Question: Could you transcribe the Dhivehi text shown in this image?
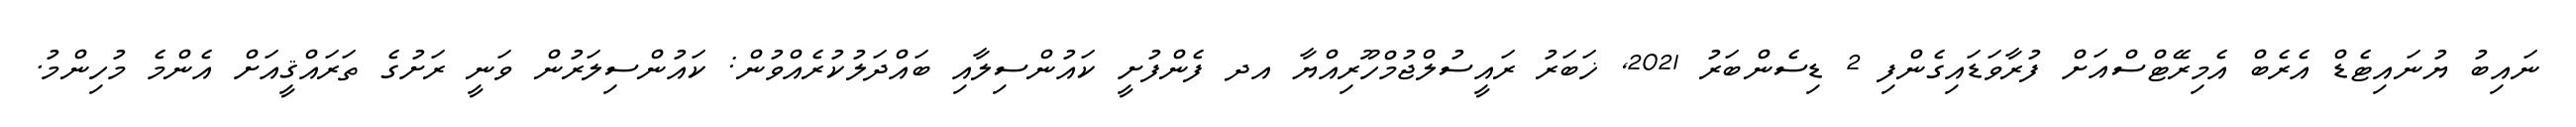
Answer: ނައިބު ޔުނައިޓެޑް އެރެބް އެމިރޭޓްސްއަށް ފުރާވަޑައިގެންފި 2 ޑިސެންބަރު 2021, ޚަބަރު ރައީސުލްޖުމްހޫރިއްޔާ އދ ފެންފުށީ ކައުންސިލާއި ބައްދަލުކުރެއްވުން: ކައުންސިލަރުން ވަނީ ރަށުގެ ތަރައްޤީއަށް އެންމެ މުހިންމު.